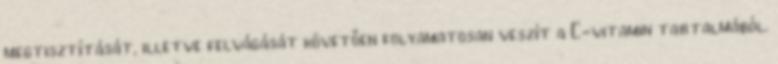
megtisztítását, illetve felvágását követően folyamatosan veszít a C-vitamin tartalmából.